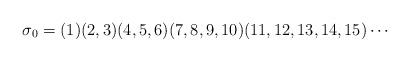
LaTeX: \begin{align*}\sigma_0 = (1) (2,3) (4,5,6) (7,8,9,10) (11, 12, 13, 14, 15) \cdots \end{align*}